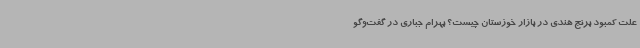
علت کمبود برنج هندی در بازار خوزستان چیست؟ بهرام جباری در گفت‌وگو